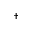
^ \dagger